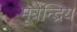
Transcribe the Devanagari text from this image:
मूत्रेन्द्रिय